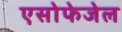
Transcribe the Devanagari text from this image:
एसोफेजेल